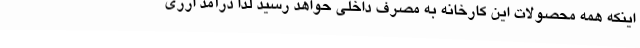
اینکه همه محصولات این کارخانه به مصرف داخلی حواهد رسید لذا درآمد ارزی